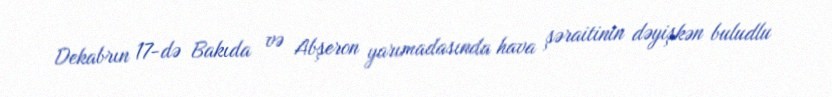
Dekabrın 17-də Bakıda və Abşeron yarımadasında hava şəraitinin dəyişkən buludlu